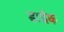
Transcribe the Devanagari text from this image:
डाईक